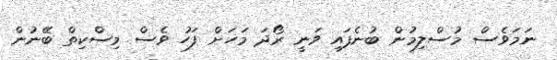
ނަމަވެސް މުސްލިމުން ބުނެފައި ވަނީ ރޯދަ މަހަށް ފަހު ވެސް މިސްކިތް ބޭނުން